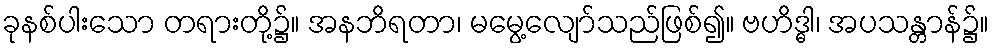
ခုနစ်ပါးသော တရားတို့၌။ အနဘိရတာ၊ မမွေ့လျော်သည်ဖြစ်၍။ ဗဟိဒ္ဓါ၊ အပသန္တာန်၌။